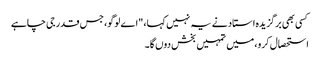
کسی بھی برگزیدہ استاد نے یہ نہیں کہا، "اے لوگو، جس قدر جی چاہے
استحصال کرو، میں تمہیں بخش دوں گا۔